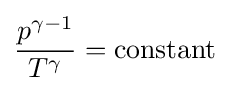
{\frac {p^{\gamma -1}}{T^{\gamma }}}={\text{constant}}